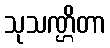
သုသဏ္ဌိတာ